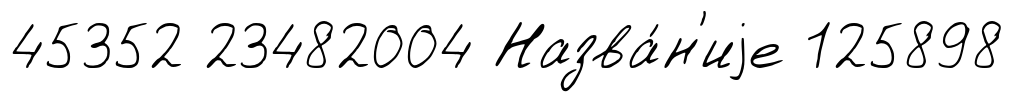
45352 23482004 Назва́н'иjе 125898